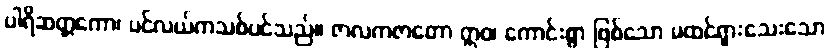
ပါရိဆတ္တကော၊ ပင်လယ်ကသစ်ပင်သည်။ ဇာလကဇာတော ဣဝ၊ ကောင်းစွာ ဖြစ်သော မထင်ရှားသေးသော